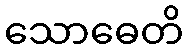
သောဓေတိ